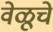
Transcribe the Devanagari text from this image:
वेळूचे